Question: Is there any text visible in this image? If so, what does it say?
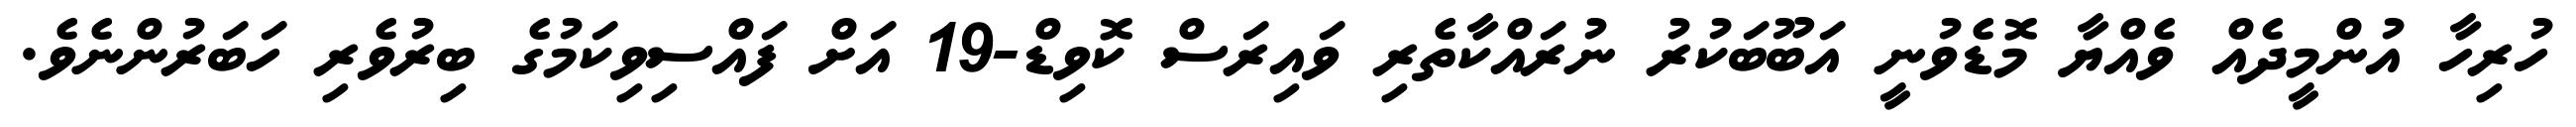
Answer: ހުރިހާ އުންމީދެއް ވެއްޔާ މޮޑެވުނީ އަބޫބަކުރު ނުރައްކާތެރި ވައިރަސް ކޮވިޑް-19 އަށް ފައްސިވިކަމުގެ ބިރުވެރި ހަބަރުންނެވެ.